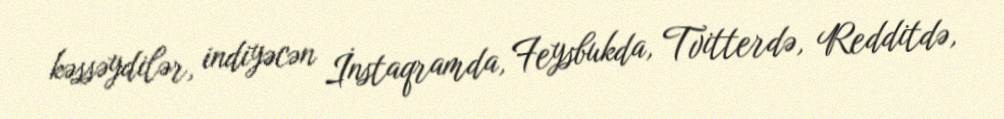
kəssəydilər, indiyəcən İnstaqramda, Feysbukda, Tvitterdə, Redditdə,